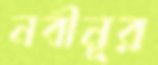
নবীনূর